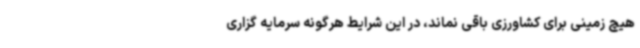
هیچ زمینی برای کشاورزی باقی نماند، در این شرایط هرگونه سرمایه گزاری